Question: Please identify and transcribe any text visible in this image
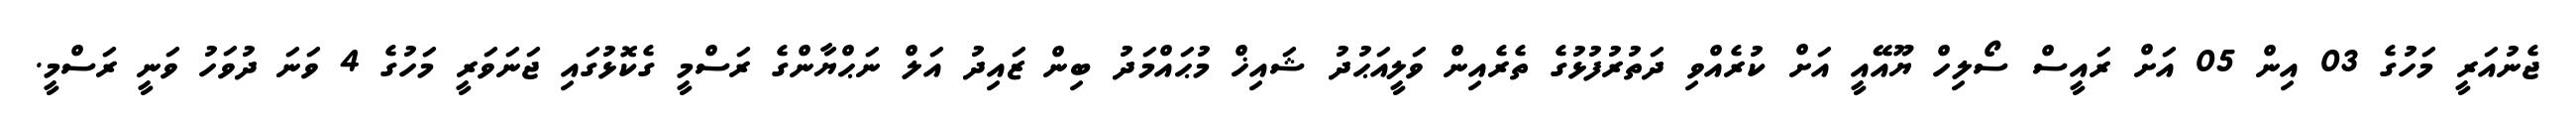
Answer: ޖެނުއަރީ މަހުގެ 03 އިން 05 އަށް ރައީސް ސޯލިހް ޔޫއޭއީ އަށް ކުރެއްވި ދަތުރުފުޅުގެ ތެރެއިން ވަލީއަޙުދު ޝައިޚް މުޙައްމަދު ބިން ޒައިދު އަލް ނަޙްޔާންގެ ރަސްމީ ގެކޮޅުގައި ޖަނަވަރީ މަހުގެ 4 ވަނަ ދުވަހު ވަނީ ރަސްމީ.